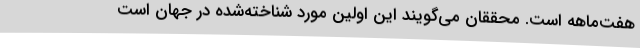
هفت‌ماهه است. محققان می‌گویند این اولین مورد شناخته‌شده در جهان است